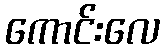
ကောင်းလေ